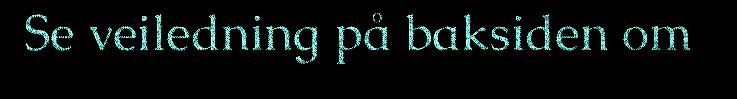
Se veiledning på baksiden om